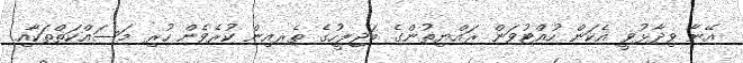
އޭނާ ވިދާޅުވީ އެކަން ހުއްޓުވަން ރައްޔިތުންގެ މަޖިލީހުގެ ތެރއިން ކުރެވެން ހުރި މަސައްކަތްތަކާއި